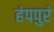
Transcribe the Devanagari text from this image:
हंपपुरं